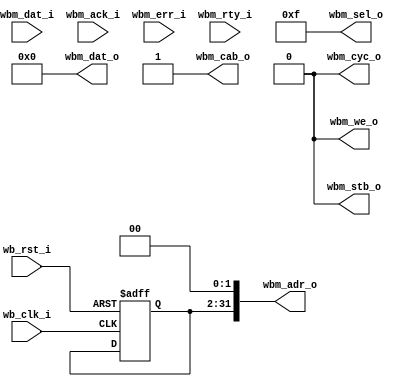
`timescale 1ns / 1ps
//////////////////////////////////////////////////////////////////////////////////
// Company: 
// Engineer: 
// 
// Design Name: 
// Module Name:    WISHBONE_MASTER 
// Project Name: 
// Target Devices: 
// Tool versions: 
// Description: 
//
// Dependencies: 
//
// Revision: 
// Revision 0.01 - File Created
// Additional Comments: 
//
//////////////////////////////////////////////////////////////////////////////////

module WISHBONE_MASTER(
	// Clock and reset
	wb_clk_i, wb_rst_i,
 
	// WISHBONE Master I/F
	wbm_cyc_o, wbm_stb_o, wbm_sel_o, wbm_we_o,
	wbm_adr_o, wbm_dat_o, wbm_cab_o,
	wbm_dat_i, wbm_ack_i, wbm_err_i, wbm_rty_i
	);
 
//
// I/O ports
//
 
//
// Clock and reset
//
input			wb_clk_i;	// Pixel Clock
input			wb_rst_i;	// Reset
 
//
// WISHBONE Master I/F
//
output			wbm_cyc_o;
output			wbm_stb_o;
output	[3:0]		wbm_sel_o;
output			wbm_we_o;
output	[31:0]		wbm_adr_o;
output	[31:0]		wbm_dat_o;
output			wbm_cab_o;
input	[31:0]		wbm_dat_i;
input			wbm_ack_i;
input			wbm_err_i;
input			wbm_rty_i;
  
 
reg [31:2] wbm_adr ;
always@(posedge wb_clk_i or posedge wb_rst_i)
begin
    if (wb_rst_i)
		wbm_adr <= #1 30'h0000_0000 ;
end

assign wbm_cyc_o = 0;
assign wbm_stb_o = 0;
assign wbm_sel_o = 4'b1111;
assign wbm_we_o = 1'b0;
assign wbm_adr_o = {wbm_adr, 2'b00};
assign wbm_dat_o = 32'h0000_0000;
assign wbm_cab_o = 1'b1;
endmodule